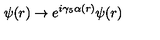
\psi ( r ) \to e ^ { i \gamma _ { 5 } \alpha ( r ) } \psi ( r )